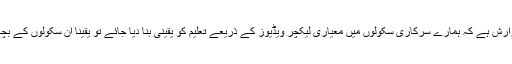
ان دونوں شخصیات سے، اور صوبائی وزرائے تعلیم سے بھی گزارش ہے کہ ہمارے سرکاری سکولوں میں معیاری لیکچر ویڈیوز کے ذریعے تعلیم کو یقینی بنا دیا جائے تو یقینا ان سکولوں کے بچے بھی باآسانی بہترین درجے کی تعلیم سے مستفید ہو سکتے ہیں۔